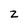
Character: z